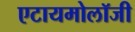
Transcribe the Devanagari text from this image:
एटायमोलॉजी